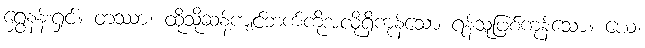
ရွှေနန်းရှင်။ တဿာ၊ ထိုသို့ဆန့်ကျင်ဘက်ကိုအလိုရှိကုန်သော ရန်သူဖြစ်ကုန်သော။ ယေ၊